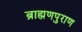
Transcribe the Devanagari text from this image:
ब्राह्मणपुराण